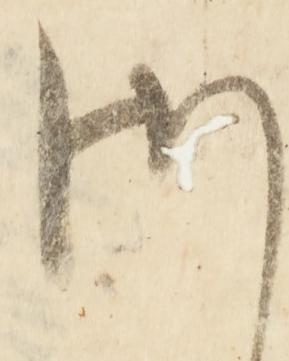
御